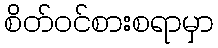
စိတ်ဝင်စားစရာမှာ